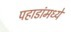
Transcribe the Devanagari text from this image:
पहाडांमध्ये